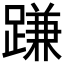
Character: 𨃰